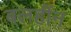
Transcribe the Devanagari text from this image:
बलहींन